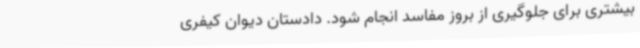
بیشتری برای جلوگیری از بروز مفاسد انجام شود. دادستان دیوان کیفری